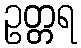
ဥတ္တရ